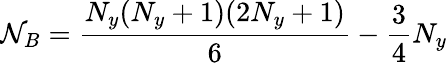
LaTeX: \mathcal{N}_{B}={\frac{N_{y}(N_{y}+1)(2N_{y}+1)}{6}}-\frac{3}{4}N_{y}